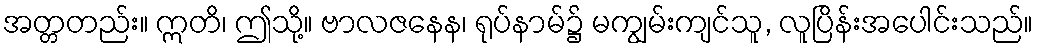
အတ္တတည်း။ ဣတိ၊ ဤသို့။ ဗာလဇနေန၊ ရုပ်နာမ်၌ မကျွမ်းကျင်သူ, လူပြိန်းအပေါင်းသည်။